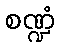
စဏ္ဍံ